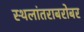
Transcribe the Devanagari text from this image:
स्थलांतराबरोबर